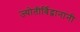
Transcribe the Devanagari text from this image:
ज्योतीर्विद्वानांनी